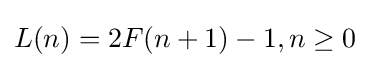
L(n)=2F(n+1)-1,n\geq 0